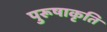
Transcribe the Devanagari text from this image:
पुरूषाकृति